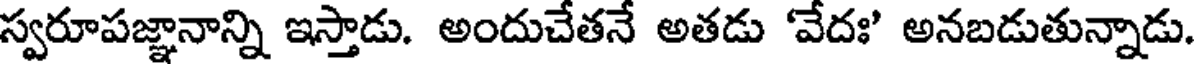
స్వరూపజ్ఞానాన్ని ఇస్తాడు. అందుచేతనే అతడు 'వేదః' అనబడుతున్నాడు.